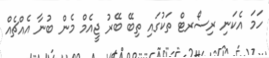
ހަމަ އެކަނި ރިސޯރޓް ތަކުގައި ތިބޭ ބޭރު ޖީއެމް މެން ބުނާ އެއްޗެއްް